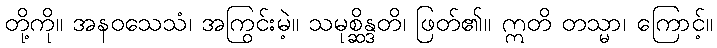
တို့ကို။ အနဝသေသံ၊ အကြွင်းမဲ့။ သမုစ္ဆိန္ဒတိ၊ ဖြတ်၏။ ဣတိ တသ္မာ၊ ကြောင့်။